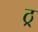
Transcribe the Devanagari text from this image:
ठ्र्